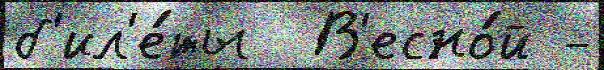
б'ил'е́ты  В'есно́й -